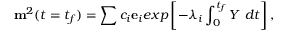
{ \bf m } ^ { 2 } ( t = t _ { f } ) = \sum c _ { i } { \bf e } _ { i } e x p \left[ - \lambda _ { i } \int _ { 0 } ^ { t _ { f } } Y \ d t \right] ,